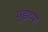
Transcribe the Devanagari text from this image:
गुंडाप्पा